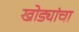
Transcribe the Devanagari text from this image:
खोड्यांचा